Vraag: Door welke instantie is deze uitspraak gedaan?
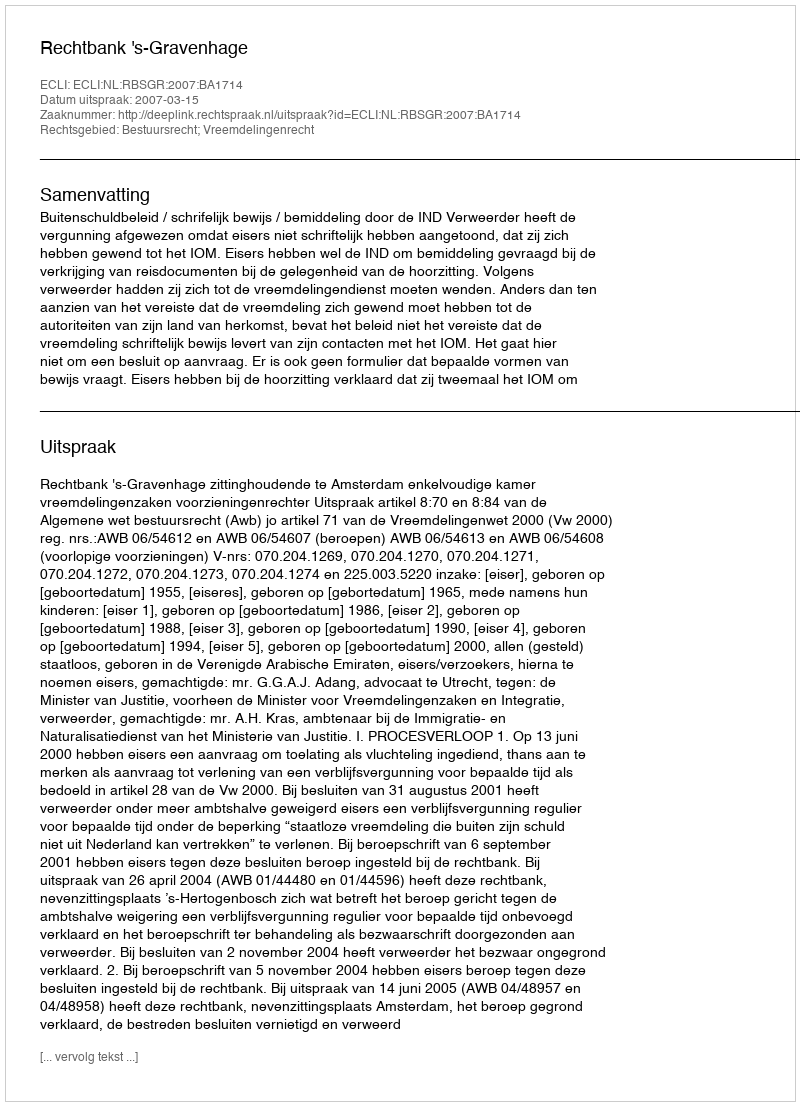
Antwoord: Rechtbank 's-Gravenhage